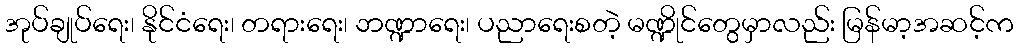
အုပ်ချုပ်ရေး၊ နိုင်ငံရေး၊ တရားရေး၊ ဘဏ္ဍာရေး၊ ပညာရေးစတဲ့ မဏ္ဍိုင်တွေမှာလည်း မြန်မာ့အဆင့်က